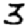
Digit: 3